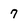
Character: 7